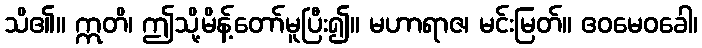
သိ၏။ ဣတိ၊ ဤသို့မိန့်တော်မူပြီး၍။ မဟာရာဇ၊ မင်းမြတ်။ ဧဝမေဝခေါ၊